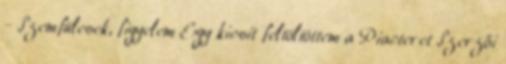
- Szemfülesek, figyelem Egy kicsit feltöltöttem a Piacteret Szerzői